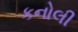
કનોલી